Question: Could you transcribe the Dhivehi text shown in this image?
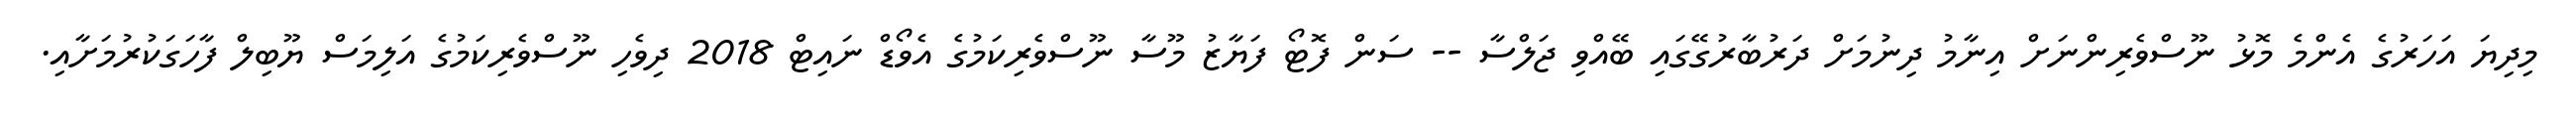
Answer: މިދިޔަ އަހަރުގެ އެންމެ މޮޅު ނޫސްވެރިންނަށް އިނާމު ދިނުމަށް ދަރުބާރުގޭގައި ބޭއްވި ޖަލްސާ -- ސަން ފޮޓޯ ފަޔާޒު މޫސާ ނޫސްވެރިކަމުގެ އެވޯޑް ނައިޓް 2018 ދިވެހި ނޫސްވެރިކަމުގެ އަލިމަސް ޔޫބިލް ފާހަގަކުރުމަށާއި.